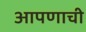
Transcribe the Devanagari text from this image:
आपणाची